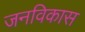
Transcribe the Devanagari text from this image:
जनविकास